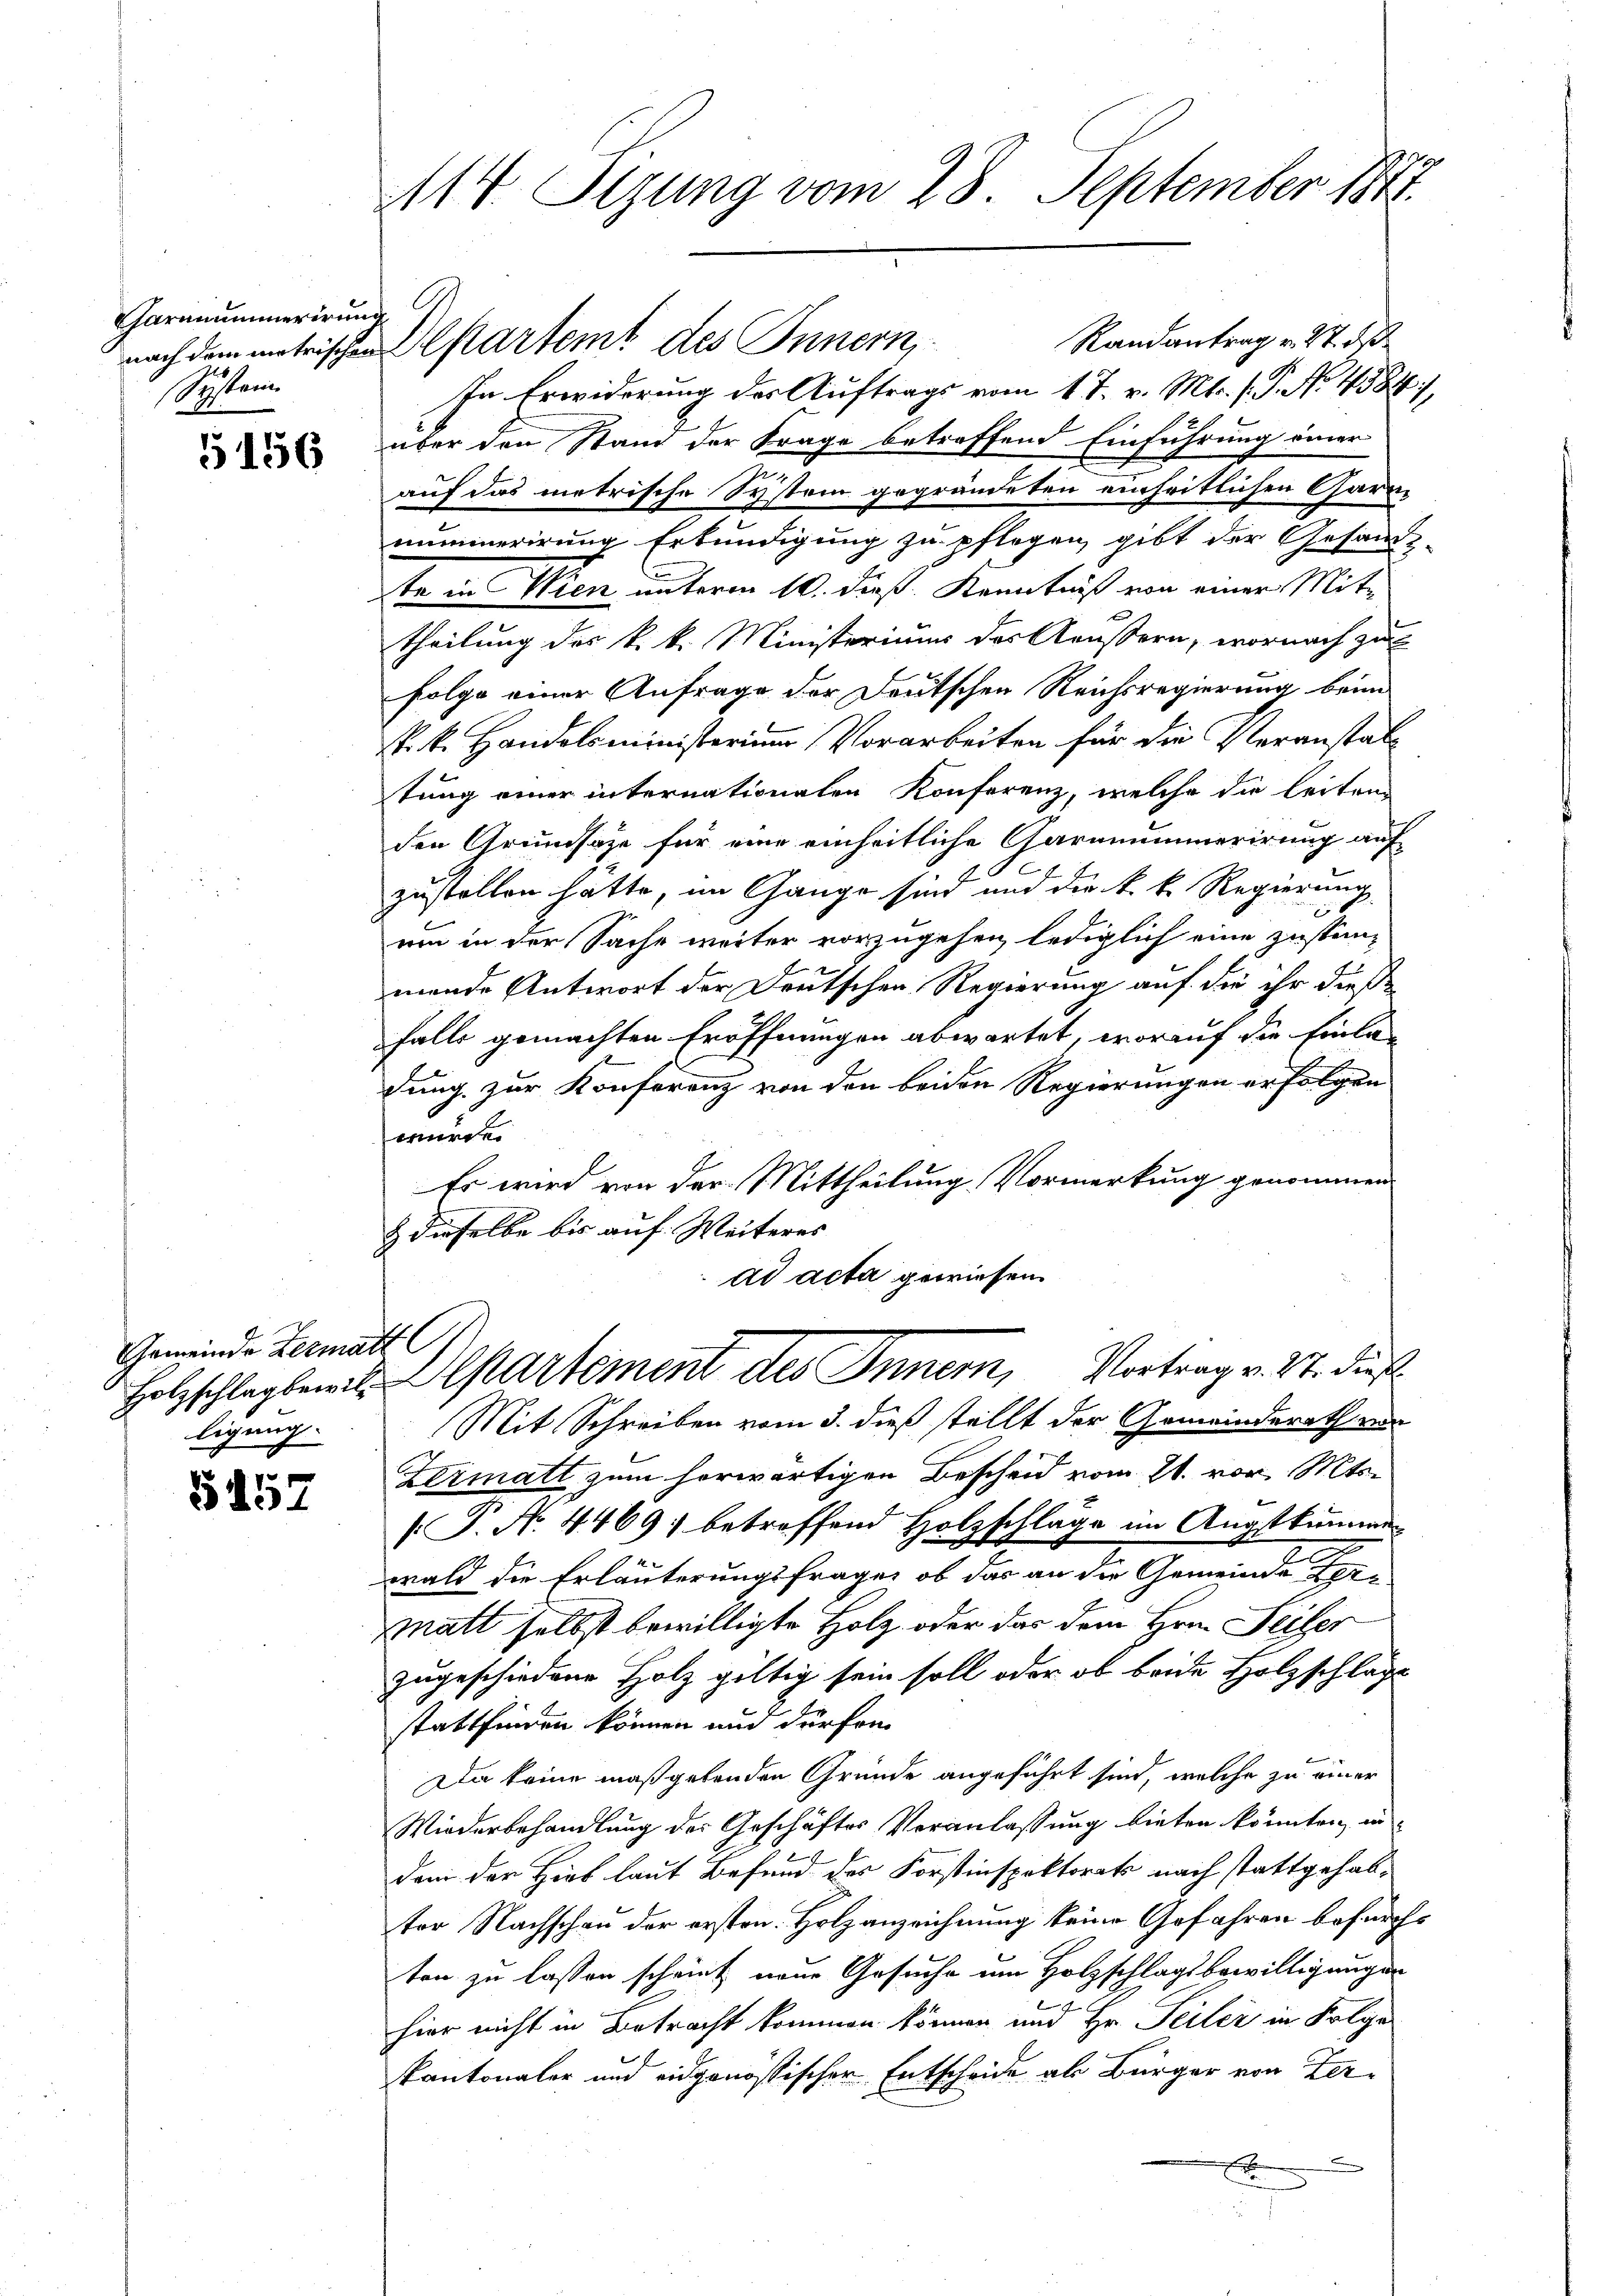
Garnnummerirung
System

5156

Gemeinde Zermatt l
Holzschlag bewill
ligung.

B 457

1114. Sizung vom 28. September 1841.

nach dem matrischen Alptartemt des Innern,

Randantrag v. 27. d
In Erwiderung des Auftrags vom 17. v. Mts. (T. No. 4384),
über den Stand der Frage betreffend Einführung einer
auf das metrische System gegründeten einheitlichen Garrnummerirung Erkundigung zu pflogen, gibt der Gesamt-
te in Wien unterm 10. dieß Kenntniß von einer Mite
theilung des k. k. Ministeriums des Aeussern, wornach zu
folge einer Anfrage der Deutschen Reichsregierung beim
k. k. Handelsministerium Vorarbeiten für die Veranstaltung einer internationalen Konferenz, welche die leiten
den Grundsaze für eine einheitliche Caramummerirung auf
zustellen hätte, im Gange sind und die k. k. Regierung
um in der Sache weiter vorzugehen, lediglich eine zustänmende Antwort der Deutschen Regierung auf die ihr diese
falls gemachten Eröffnungen abwartet, worauf die Einlan
e
dung zur Konferenz von den beiden Regierungen erfolgen
wurde.
Es wird von der Mittheilung Vormerkung genommen
& dieselbe bis auf Weiteres
ad acta gewiesen.

Mit Schreiben vom 3. dieß stellt der Gemeinderath von
Zermatt zum herwärtigen Bescheid vom 21. vor. Mts.
 P. No. 4469) betreffend Holzschlage im Augstkumme
wald die Erläuterungsfrage, ob das an die Gemeinderen
matt selbst bewilligte Holz oder das dem Hrn. Seiler
zugeschiedene Holz gültig sein soll oder ob beide Holzschlage
stattfinden können und dürfen
,
Da keine maßgebenden Gründe angeführt sind, welche zu einer
Wiederbehandlung der Geschäftes Veranlassung bieten könnten, in
dem der Hieb laut Befund des Forstinspektorats nach stattgehabter Nachschen der ersten Holzanzeichnung keine Gefahren befürcht
ten zu lassen schrieb neue Gesuche am Holzschlagsbewilligungen
hier nicht in Betracht kommen können und Hr. Teiler in Folge
kantonaler und eidgenössischer Entscheide als Bürger von Zer-
F

Departement des Innern, Vortrag v. 24. dies